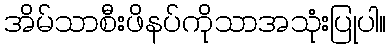
အိမ်သာစီးဖိနပ်ကိုသာအသုံးပြုပါ။